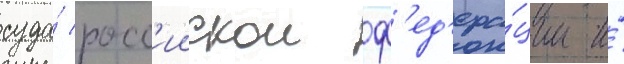
суда́ росс'иискои ф'ед'ера́ции и́